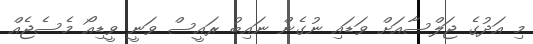
މި އަދުގެ ޖަލްސާއަށް ވަޑައި ނުގެން ނައިބު ރައީސް ވަނީ ވީޑިއޯ މެސެޖެއް